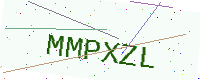
Text: MMPXZL